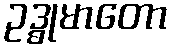
ဥဒ္ဓုမာတော